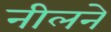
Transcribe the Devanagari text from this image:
नीलने